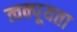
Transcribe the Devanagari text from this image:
त्वक्पूयता